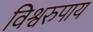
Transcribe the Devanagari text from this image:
विश्वरुपाय